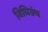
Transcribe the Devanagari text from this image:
विधिग्रंथ